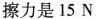
擦力是15N